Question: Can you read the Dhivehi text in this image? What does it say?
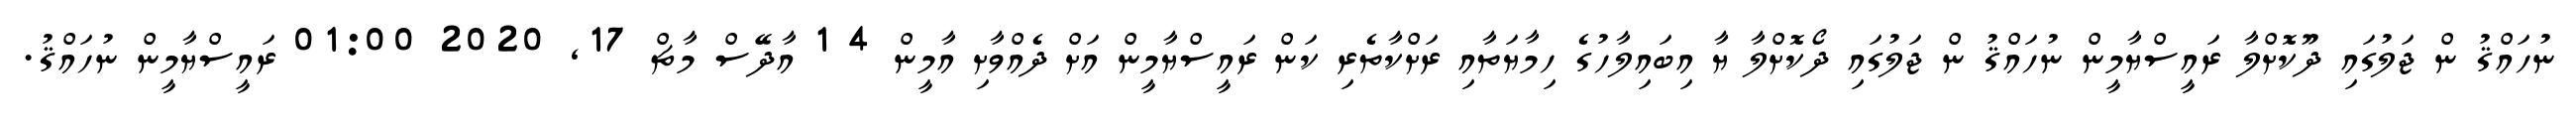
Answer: ނުހައްޤު ން ޖަލުގައި ދޫކޮށްލާ ރައީސްޔާމީން ނުހައްޤު ން ޖަލުގައި ދޯކޮށްލާ ޔާ އިބައިލާހުގެ ހިމާޔަތާއި ރަށްކާތެރި ކަން ރައީސްޔާމީން އަށް ދެއްވާށި އާމީން 4 1 އާދޭސް މާޗް 17, 2020 01:00 ރައީސްޔާމީން ނުހައްޤު.